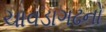
ચાવડાગઢનો